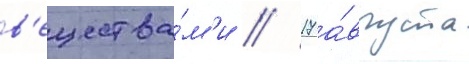
в'ещества́м'и // 17 а́вгуста